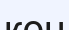
кон